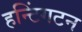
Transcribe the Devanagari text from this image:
हन्टिंगटन